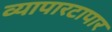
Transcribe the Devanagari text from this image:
व्यापारटापार